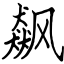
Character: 飙